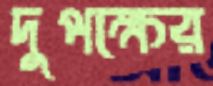
দুপক্ষের